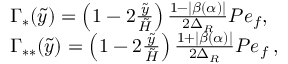
\begin{array} { r l } & { \Gamma _ { \ast } ( \tilde { y } ) = \left( 1 - 2 \frac { \tilde { y } } { \tilde { H } } \right) \frac { 1 - \lvert \beta ( \alpha ) \rvert } { 2 \Delta _ { R } } P e _ { f } , \, } \\ & { \Gamma _ { \ast \ast } ( \tilde { y } ) = \left( 1 - 2 \frac { \tilde { y } } { \tilde { H } } \right) \frac { 1 + \lvert \beta ( \alpha ) \rvert } { 2 \Delta _ { R } } P e _ { f } \, , } \end{array}